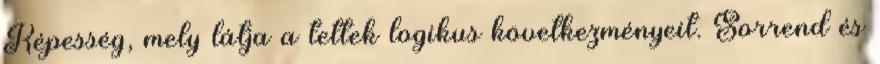
Képesség, mely látja a tettek logikus következményeit. Sorrend és